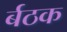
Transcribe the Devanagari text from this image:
र्बठक